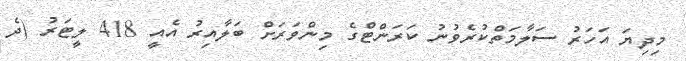
މިދިޔަ އަހަރު ސަލާމަތްކުރެވުނު ކަރަންޓްގެ މިންވަރަށް ބަލާއިރު އެއީ 418 ލީޓަރު (ދެ